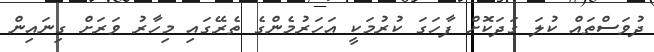
ދުވަސްތައް ކުލަ ގަދަކޮށް ފާހަގަ ކުރުމަކީ އަހަރުމެންގެ ތެރޭގައި މިހާރު ވަރަށް ގިނައިން